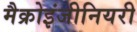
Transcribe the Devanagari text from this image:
मैक्रोइंजीनियरी